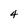
Character: 4